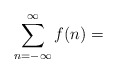
\begin{align*}\sum^{\infty}_{n=-\infty} f(n) =\end{align*}